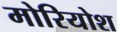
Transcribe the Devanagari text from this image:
मोरियोश